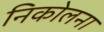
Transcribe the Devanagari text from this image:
निकोलना